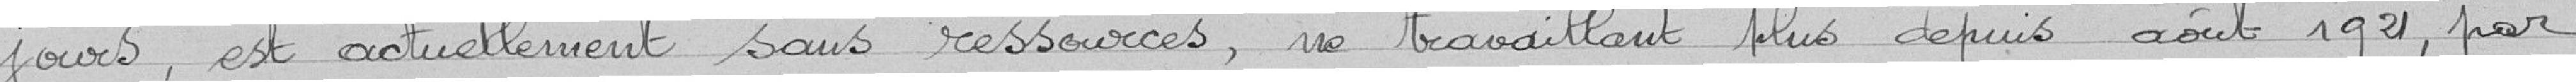
jours, est actuellement sans ressources, ne travaillant plus depuis août 1921, par